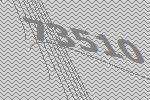
73510